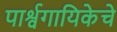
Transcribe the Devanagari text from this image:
पार्श्वगायिकेचे